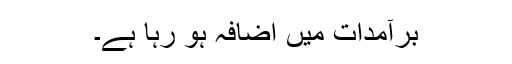
برآمدات میں اضافہ ہو رہا ہے۔